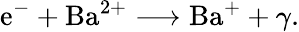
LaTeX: \mathrm{e}^{-}+\mathrm{{Ba}}^{2+}\longrightarrow\mathrm{{Ba}}^{+}+\gamma.